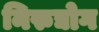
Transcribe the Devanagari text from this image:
निरुद्योग